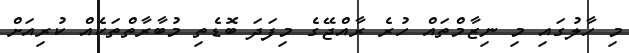
މި ހާލުގައި މި ނިޒާމްތައް ހުރެ ރާއްޖޭގެ މިފަދަ ބޮޑެތި މުބާރާތްތަކެއް ކުރިއަށް